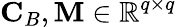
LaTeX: \mathbf{C}_{B},\mathbf{M}\in\mathbb{R}^{q\times q}